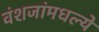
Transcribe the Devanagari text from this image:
वंशजांमधल्ये